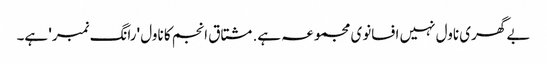
بے گھری ناول نہیں افسانوی مجموعہ ہے. مشتاق انجم کا ناول 'رانگ نمبر' ہے۔